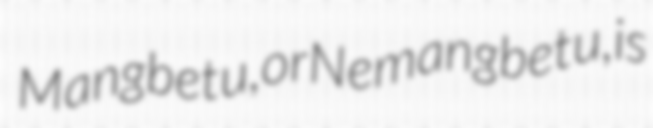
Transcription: Mangbetu, or Nemangbetu, is